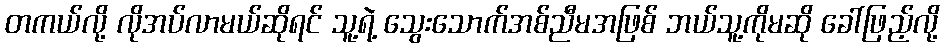
တကယ်လို့ လိုအပ်လာမယ်ဆိုရင် သူ့ရဲ့ သွေးသောက်အစ်ညီမအဖြစ် ဘယ်သူ့ကိုမဆို ခေါ်ဖြည့်လို့